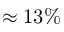
\approx 1 3 \%